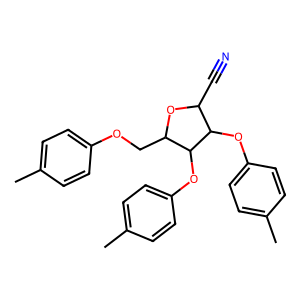
SMILES: Cc1ccc(OCC2OC(C#N)C(Oc3ccc(C)cc3)C2Oc2ccc(C)cc2)cc1
Inhibits HIV replication: No